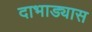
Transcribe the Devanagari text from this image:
दाभाड्यास